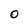
Character: O